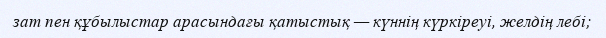
зат пен құбылыстар арасындағы қатыстық — күннің күркіреуі, желдің лебі;